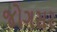
જોગસર